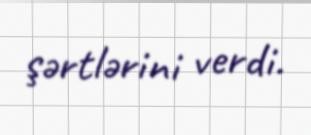
şərtlərini verdi.